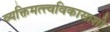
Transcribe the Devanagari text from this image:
व्यक्तिमत्त्वविकासाशी